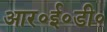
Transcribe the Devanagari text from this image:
आर॰ई॰डी॰